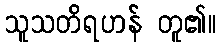
သူသတိရဟန် တူ၏။